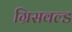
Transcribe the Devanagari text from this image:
ग्रिसवल्ड